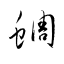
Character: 蜩